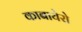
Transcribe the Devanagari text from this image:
काबायेरो